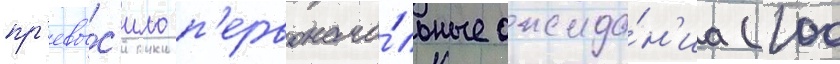
пр'евы́с'ило п'ервонача́льные ожида́н'иа (100